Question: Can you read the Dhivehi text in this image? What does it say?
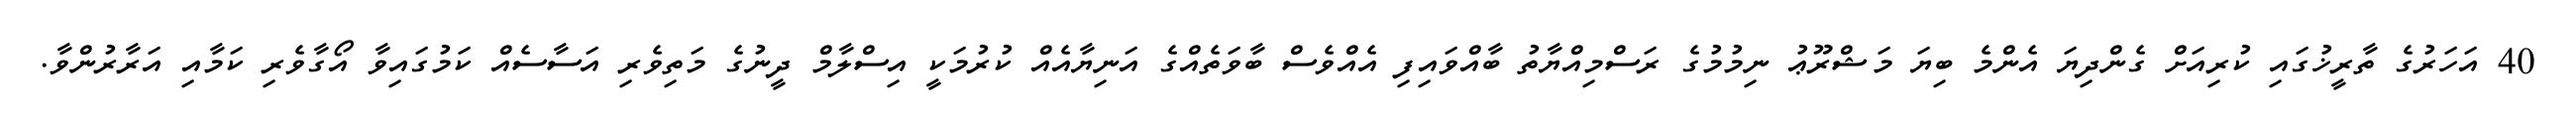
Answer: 40 އަހަރުގެ ތާރީޚުގައި ކުރިއަށް ގެންދިޔަ އެންމެ ބިޔަ މަޝްރޫޢު ނިމުމުގެ ރަސްމިއްޔާތު ބާއްވައިފި އެއްވެސް ބާވަތެއްގެ އަނިޔާއެއް ކުރުމަކީ އިސްލާމް ދީނުގެ މަތިވެރި އަސާސެއް ކަމުގައިވާ އޯގާވެރި ކަމާއި އަރާރުންވާ.